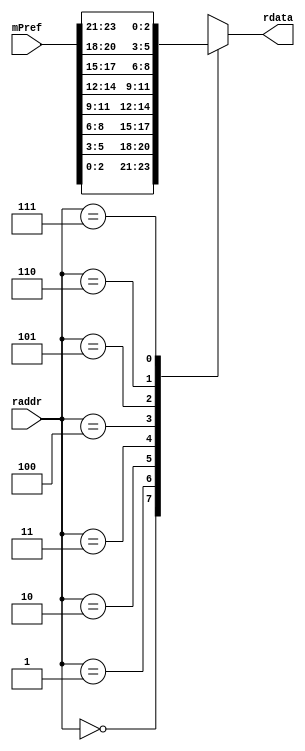
module MPrefMatrix
#(
  parameter Kw =8,
  parameter Km =8,
  parameter M  =8,
  parameter W  =8
)
(
  mPref,
  raddr,
  rdata
);
  function integer log2;
    input [31:0] value;
    reg [31:0] temp;
  begin
    temp = value - 1;
    for (log2=0; temp>0; log2=log2+1)
      temp = temp>>1;
  end
  endfunction
  localparam logM = log2(M);
  localparam logW = log2(W);
  localparam logKm = log2(Km);
  localparam logKw = log2(Kw);
  input   [Km*logW-1:0] mPref;
  input   [logKm-1:0]   raddr;
  output  [logW-1:0]    rdata;
  wire [logW-1:0] mPrefMatrix [Km-1:0]; 
  genvar j;
  generate
    for (j=0;j<Km;j=j+1) begin : mPref_asgn2
      assign mPrefMatrix [j] = mPref [logW*(j+1)-1:logW*j];
    end
  endgenerate
  assign rdata = mPrefMatrix[raddr];
endmodule